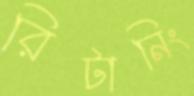
রিটানিং